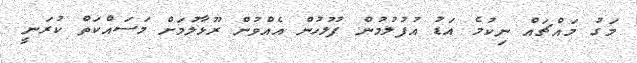
މަގު މައްޗައް ނިކުމެ އަޑު އުފުލުމުން ފުލުހުން އެއްވުން ރޫޅާލުމަށް މަސައްކަތް ކުރަނީ